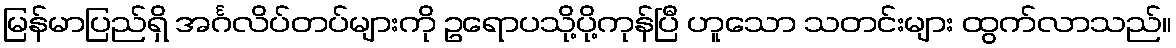
မြန်မာပြည်ရှိ အင်္ဂလိပ်တပ်များကို ဥရောပသို့ပို့ကုန်ပြီ ဟူသော သတင်းများ ထွက်လာသည်။